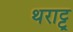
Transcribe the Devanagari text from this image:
थराट्टू